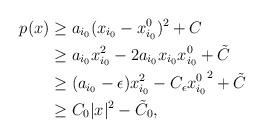
LaTeX: \begin{align*}p(x)&\geq a_{i_0} (x_{i_0}-x_{i_0}^0)^2+C\\&\geq a_{i_0} x_{i_0}^2-2a_{i_0} x_{i_0}x_{i_0}^0+\tilde{C}\\&\geq (a_{i_0}-\epsilon) x_{i_0}^2-C_\epsilon{x_{i_0}^0}^2+\tilde{C}\\&\geq C_0|x|^2-\tilde{C}_0,\end{align*}